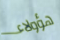
هؤولاء